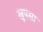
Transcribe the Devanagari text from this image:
खूपसा